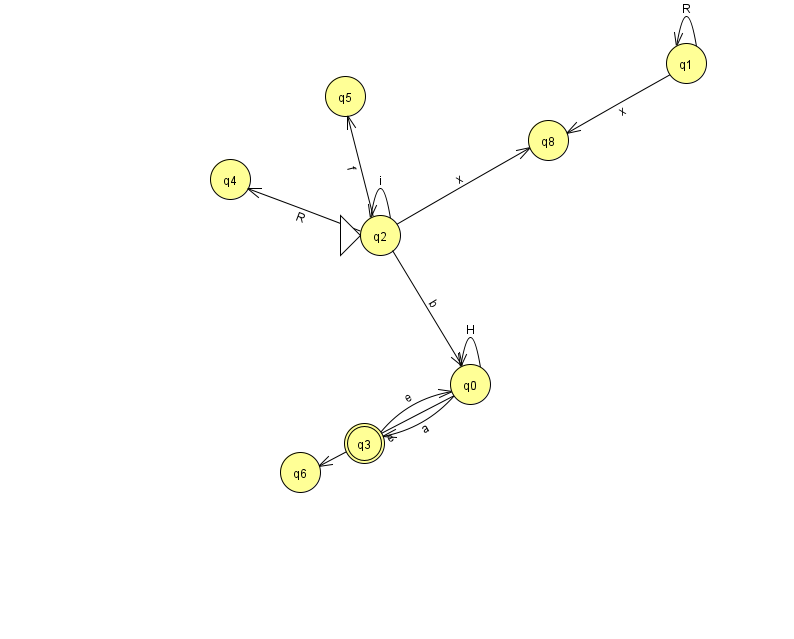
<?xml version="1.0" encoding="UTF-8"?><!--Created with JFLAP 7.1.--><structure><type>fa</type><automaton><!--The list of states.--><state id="0" name="q0"><x>470.0</x><y>371.0</y></state><state id="1" name="q1"><x>686.0</x><y>50.0</y></state><state id="2" name="q2"><x>380.0</x><y>222.0</y><initial/></state><state id="3" name="q3"><x>364.0</x><y>430.0</y><final/></state><state id="4" name="q4"><x>230.0</x><y>166.0</y></state><state id="5" name="q5"><x>345.0</x><y>83.0</y></state><state id="6" name="q6"><x>300.0</x><y>459.0</y></state><state id="8" name="q8"><x>548.0</x><y>127.0</y></state><!--The list of transitions.--><transition><from>1</from><to>1</to><read>R</read></transition><transition><from>2</from><to>8</to><read>x</read></transition><transition><from>1</from><to>8</to><read>x</read></transition><transition><from>0</from><to>0</to><read>H</read></transition><transition><from>2</from><to>0</to><read>b</read></transition><transition><from>2</from><to>2</to><read>i</read></transition><transition><from>3</from><to>0</to><read>e</read></transition><transition><from>0</from><to>6</to><read>e</read></transition><transition><from>2</from><to>4</to><read>R</read></transition><transition><from>0</from><to>3</to><read>a</read></transition><transition><from>2</from><to>5</to><read>f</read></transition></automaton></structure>